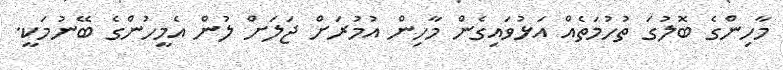
މާހިންގެ ބޮލުގަ ތުހުމަތެއް އަޅުވައިގެން މާހިން އުމުރަށް ޖަލަށް ލުން އެމީހުންގެ ބޭނުމަކީ.